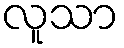
လူသာ